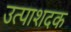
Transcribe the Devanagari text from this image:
उत्पाशदक